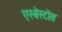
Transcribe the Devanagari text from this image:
एस्बेस्टोस